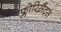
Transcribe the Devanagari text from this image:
फ्लोरिसैंट्स